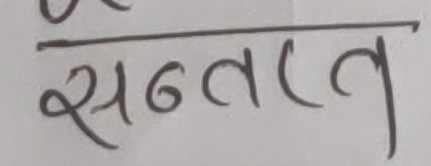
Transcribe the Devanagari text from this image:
सन्तत